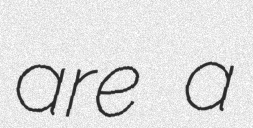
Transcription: are a